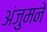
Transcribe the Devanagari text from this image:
अंजुमने